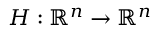
\boldsymbol { H } : \mathbb { R } ^ { n } \rightarrow \mathbb { R } ^ { n }